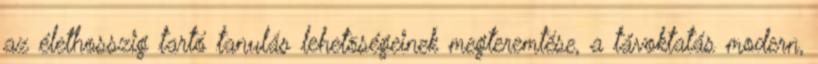
az élethosszig tartó tanulás lehetõségeinek megteremtése, a távoktatás modern,